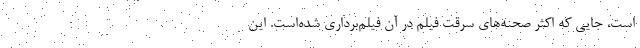
است، جایی که اکثر صحنه‌های سرقت فیلم در آن فیلم‌برداری شده‌است. این